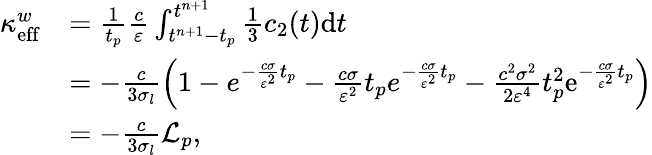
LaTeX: \begin{array}{rl}{\kappa_{\mathrm{eff}}^{w}}&{=\frac{1}{t_{p}}\frac{c}{\varepsilon}\int_{t^{n+1}-t_{p}}^{t^{n+1}}\frac{1}{3}c_{2}(t)\mathrm{d}t}\\ &{=-\frac{c}{3\sigma_{l}}\left(1-e^{-\frac{c\sigma}{\varepsilon^{2}}t_{p}}-\frac{c\sigma}{\varepsilon^{2}}t_{p}e^{-\frac{c\sigma}{\varepsilon^{2}}t_{p}}-\frac{c^{2}\sigma^{2}}{2\varepsilon^{4}}t_{p}^{2}\mathrm{e}^{-\frac{c\sigma}{\varepsilon^{2}}t_{p}}\right)}\\ &{=-\frac{c}{3\sigma_{l}}\mathcal{L}_{p},}\end{array}